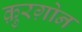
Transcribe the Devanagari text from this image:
क़ुरग़ोन